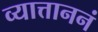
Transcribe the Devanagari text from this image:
व्यात्ताननं